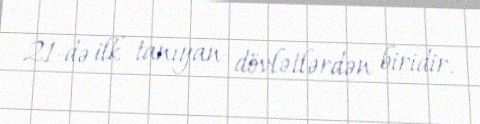
21-də ilk tanıyan dövlətlərdən biridir.